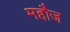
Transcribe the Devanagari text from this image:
महौज